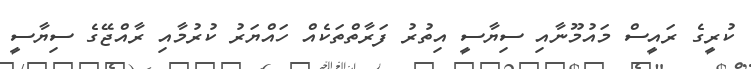
ކުރީގެ ރައީސް މައުމޫނާއި ސިޔާސީ އިތުރު ފަރާތްތަކެއް ހައްޔަރު ކުރުމާއި ރާއްޖޭގެ ސިޔާސީ